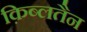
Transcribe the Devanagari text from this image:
क़िब्लतैन